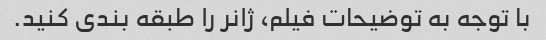
با توجه به توضیحات فیلم، ژانر را طبقه بندی کنید.